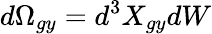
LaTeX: d\Omega_{gy}=d^{3}X_{gy}dW